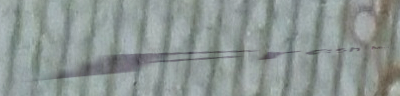
Fresh Bakery